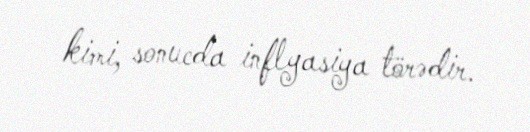
kimi, sonucda inflyasiya törədir.